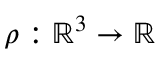
\rho : \mathbb { R } ^ { 3 } \rightarrow \mathbb { R }